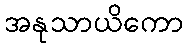
အနုသာယိကော